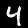
Digit: 4